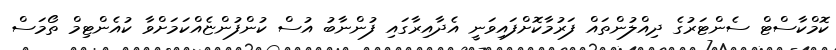
ކޮމްކާސްޓް ސެންޓަރުގެ ދިއްލުންތައް ފަރުމާކޮށްފައިވަނީ އެދާއިރާގައި ފުންނާބު އުސް ކުންފުންޏެއްކަމަށްވާ ކުއެންޓިމް ތޯމަސް